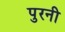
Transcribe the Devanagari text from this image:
पुरनी